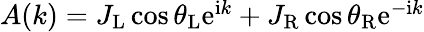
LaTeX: \begin{array}{r}{A(k)=J_{\mathrm{L}}\cos{\theta_{\mathrm{L}}}\mathrm{e}^{\mathrm{i}k}+J_{\mathrm{R}}\cos{\theta_{\mathrm{R}}}\mathrm{e}^{-\mathrm{i}k}}\end{array}